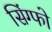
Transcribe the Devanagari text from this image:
सिंग्फो